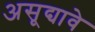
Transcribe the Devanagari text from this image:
असूद्यावे